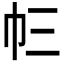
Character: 𢁚